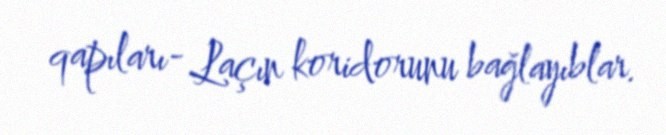
qapıları- Laçın koridorunu bağlayıblar.